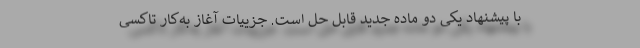
با پیشنهاد یکی دو ماده جدید قابل حل است. جزییات آغاز به‌کار تاکسی